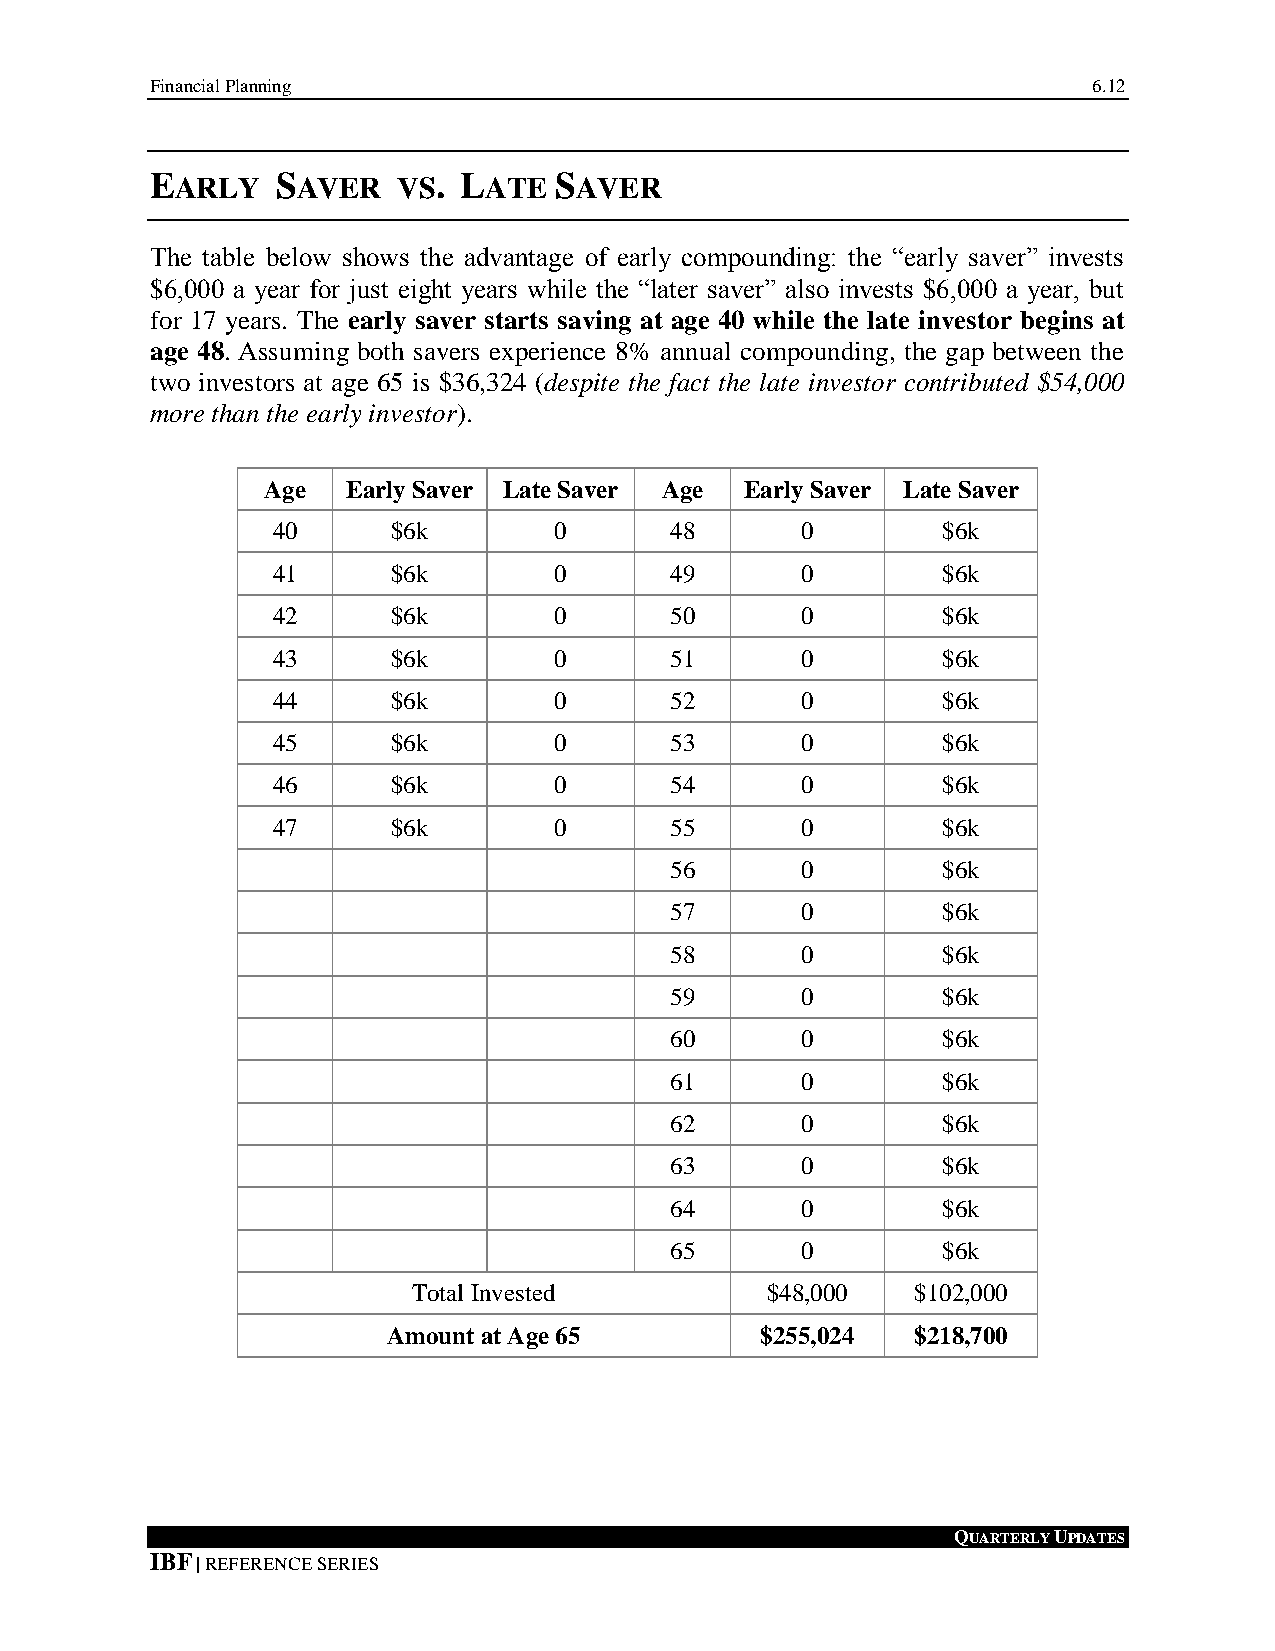
Financial Planning                                            6.12
 EARLY   SAVER   VS. LATE   SAVER
 The table below shows the advantage of early compounding: the “early saver” invests
 $6,000 a year for just eight years while the “later saver” also invests $6,000 a year, but
 for 17 years. The early saver starts saving at age 40 while the late investor begins at
 age 48. Assuming both savers experience 8% annual compounding, the gap between the
 two investors at age 65 is $36,324 (despite the fact the late investor contributed $54,000
 more than the early investor).
 Age   Early Saver Late Saver Age Early Saver Late Saver
 40      $6k        0      48       0        $6k
 41      $6k        0      49       0        $6k
 42      $6k        0      50       0        $6k
 43      $6k        0      51       0        $6k
 44      $6k        0      52       0        $6k
 45      $6k        0      53       0        $6k
 46      $6k        0      54       0        $6k
 47      $6k        0      55       0        $6k
 56       0        $6k
 57       0        $6k
 58       0        $6k
 59       0        $6k
 60       0        $6k
 61       0        $6k
 62       0        $6k
 63       0        $6k
 64       0        $6k
 65       0        $6k
 Total Invested          $48,000   $102,000
 Amount at Age 65        $255,024   $218,700
 QUARTERLY UPDATES
 IBF | REFERENCE SERIES